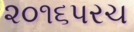
૨૦૧૬પરચ